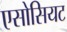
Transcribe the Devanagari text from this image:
एसोसियट